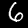
Label: 6